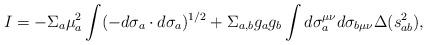
LaTeX: \begin{align*}I=-\Sigma_a\mu_a^2\int(-d\sigma_a\cdot d\sigma_a)^{1/2}+\Sigma_{a,b}g_ag_b\int d\sigma_a^{\mu\nu}d\sigma_{b\mu\nu}\Delta(s_{ab}^2),\end{align*}